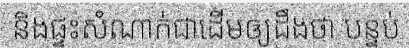
និងផ្ទះសំណាក់ជាដើមឲ្យដឹងថា បន្ទប់